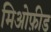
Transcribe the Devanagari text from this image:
मिओफ़ीड